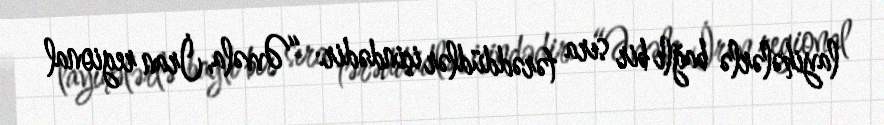
layihələrlə bağlı bir sıra tərəddüdlər içindədir: “Əvvəla, İran regional